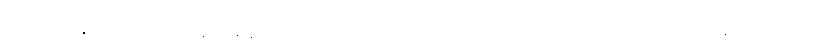
၁၃၃၃ ခုနှစ်မှသည် ယနေ့အချိန်အထိ သဘာဝဘေးကြောင့်သော်လည်းကောင်း၊ လူသားတို့ရဲ့ကျူးကျော်